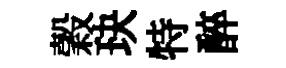
穀玦特醉